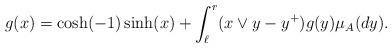
LaTeX: \begin{align*}g(x)=\cosh(-1) \sinh(x) +\int_{\ell}^r(x\vee y-y^+)g(y)\mu_A(dy).\end{align*}